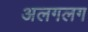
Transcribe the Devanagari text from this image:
अलगलग